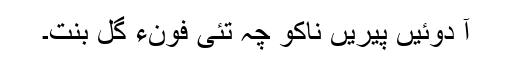
آ دوئیں پیریں ناکو چہ تئی فونءَ گل بنت۔